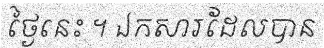
ថ្ងៃនេះ ។ ឯកសារដែលបាន